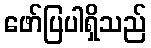
ဖော်ပြပါရှိသည်